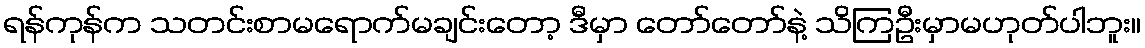
ရန်ကုန်က သတင်းစာမရောက်မချင်းတော့ ဒီမှာ တော်တော်နဲ့ သိကြဦးမှာမဟုတ်ပါဘူး။